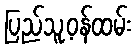
ပြည်သူ့ဝန်ထမ်း